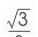
\(\frac{\sqrt{3}}{}\)